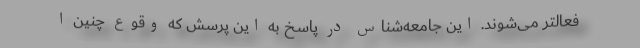
فعالتر می‌شوند. این جامعه‌شناس در پاسخ به این پرسش که وقوع چنین ا